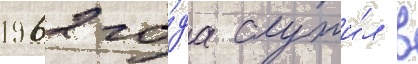
1962 го́да служи́л в